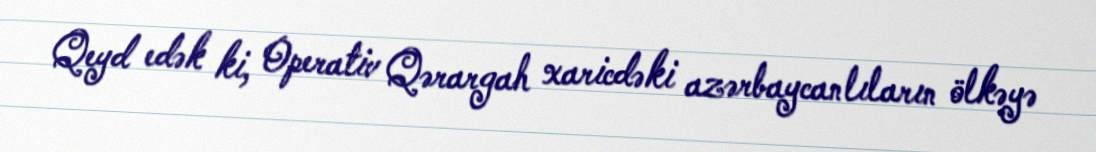
Qeyd edək ki, Operativ Qərargah xaricdəki azərbaycanlıların ölkəyə